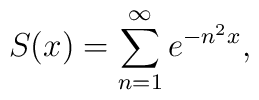
S(x)=\sum_{n=1}^{\infty }e^{-n^{2}x},